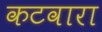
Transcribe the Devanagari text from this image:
कटवारा